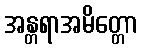
အန္တရာအမိတ္တော